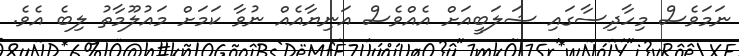
ނަމަވެސް މިހާދިސާގައި ޝަލަބީއަށް އެއްވެސް އަނިޔާއެއް ނުވާ ކަމަށް މައުލޫމާތު ލިބެ އެވެ.